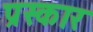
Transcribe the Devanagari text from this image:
प्रस्कार